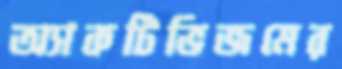
অ্যাকটিভিজমের